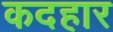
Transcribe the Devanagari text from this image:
कदहार